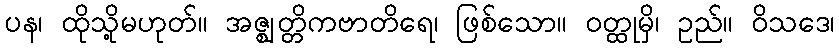
ပန၊ ထိုသို့မဟုတ်။ အဇ္ဈတ္တိကဗာတိရေ၊ ဖြစ်သော။ ဝတ္ထုမှိ၊ ဥည်။ ဝိသဒေ၊